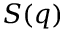
S ( q )